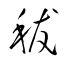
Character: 秡